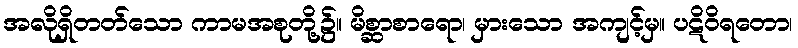
အလိုရှိတတ်သော ကာမအစုတို့၌။ မိစ္ဆာစာရော၊ မှားသော အကျင့်မှ။ ပဋိဝိရတော၊